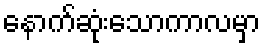
နောက်ဆုံးသောကာလမှာ